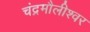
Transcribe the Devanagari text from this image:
चंद्रमौलीश्वर